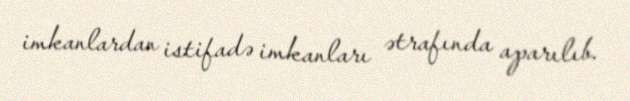
imkanlardan istifadə imkanları ətrafında aparılıb.